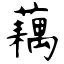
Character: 藕